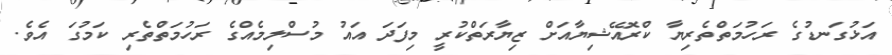
އަޅުގަނޑުގެ ރަހުމަތްތެރިޔާ ކްރޮއޭޝިޔާއަށް ޒިޔާރަތްކުރީ މިފަދަ އައު މުސްލިމެއްގެ ރަހުމަތްތެރި ކަމުގަ އެވެ.